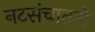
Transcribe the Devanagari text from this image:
नटसंचातले